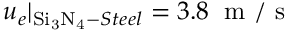
u _ { e } | _ { \mathrm { S i _ { 3 } N _ { 4 } } - S t e e l } = 3 . 8 \; \mathrm { ~ m ~ / ~ s ~ }